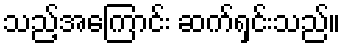
သည့်အကြောင်း ဆက်ရှင်းသည်။